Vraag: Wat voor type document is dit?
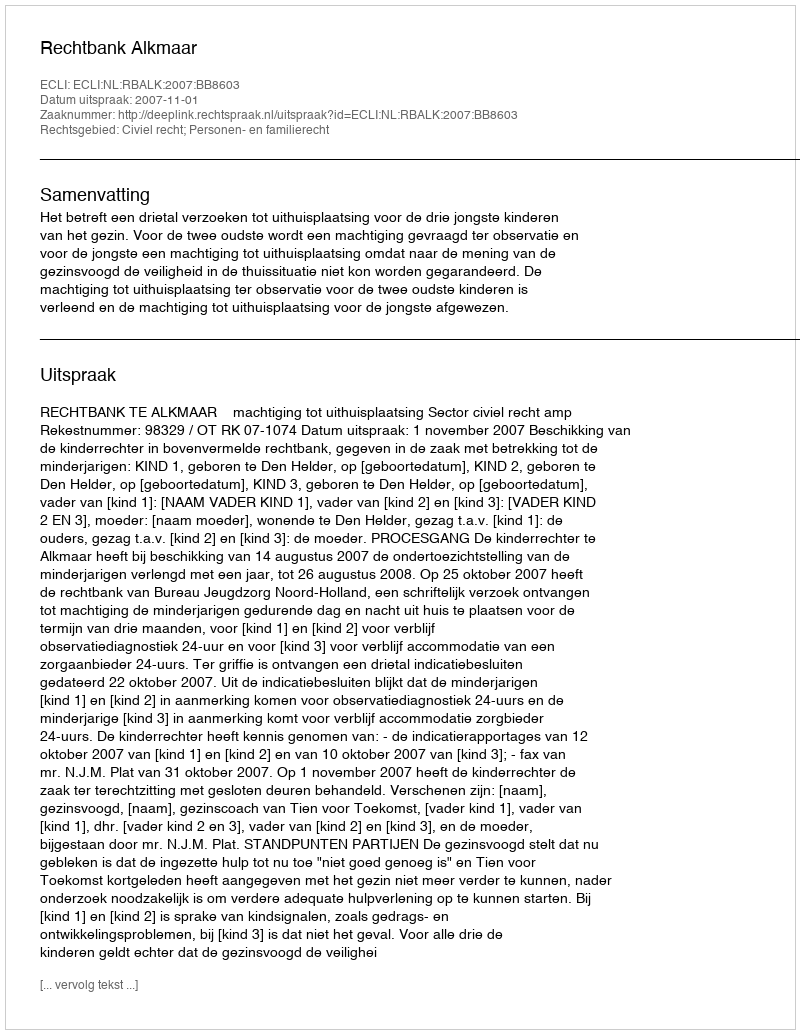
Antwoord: Uitspraak